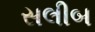
સલીબ